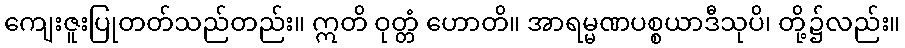
ကျေးဇူးပြုတတ်သည်တည်း။ ဣတိ ဝုတ္တံ ဟောတိ။ အာရမ္မဏပစ္စယာဒီသုပိ၊ တို့၌လည်း။